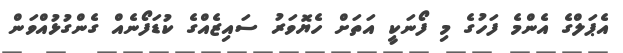
އެޕަލްގެ އެންމެ ފަހުގެ މި ފޯނަކީ އަތަށް ހެޔޮވަރު ސައިޒެއްގެ ކުޑަފޯނެއް ގެންގުޅުއްވަން